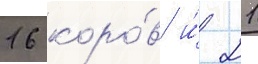
16 коро́в и́ 21